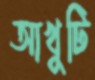
আখুটি